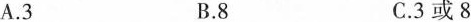
A.3 B.8 C.3或8